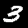
Digit: 3